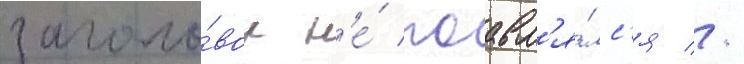
заголо́вок н'е́ поавл'я́лс'я //